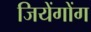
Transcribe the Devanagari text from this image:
जियेंगोंग